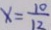
x = \frac { 1 0 } { 1 2 }